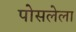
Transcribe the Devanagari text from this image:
पोसलेला